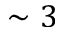
\sim 3